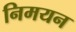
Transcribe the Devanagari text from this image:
निमयन